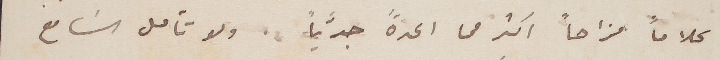
كلاماً مزاحاً اكثر من اعدهً جدَّياً. ولو تأمل السَامع